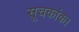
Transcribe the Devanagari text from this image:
सूचकांक।